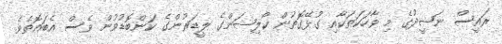
ރައީސް ނަޝީދުގެ މި ވާހަކަތަކާއި ގުޅޭގޮތުން ކޯލިޝަންގެ ލީޑަރުންގެ ކަންބޮޑުވުން ވެސް އެބައޮތެވެ.